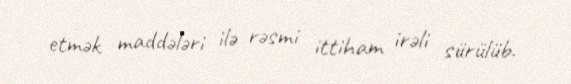
etmək maddələri ilə rəsmi ittiham irəli sürülüb.